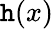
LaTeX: \mathtt{h}(x)